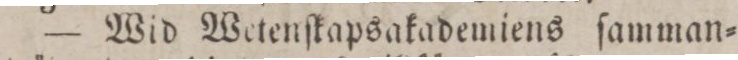
— Wid Wetenſkapsakademiens ſamman=